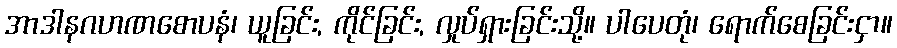
အာဒါနဂဟဏစောပနံ၊ ယူခြင်း, ကိုင်ခြင်း, လှုပ်ရှားခြင်းသို့။ ပါပေတုံ၊ ရောက်စေခြင်းငှာ။